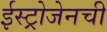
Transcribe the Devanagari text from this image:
ईस्ट्रोजेनची